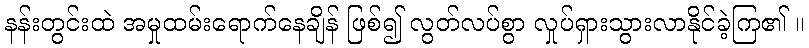
နန်းတွင်းထဲ အမှုထမ်းရောက်နေချိန် ဖြစ်၍ လွတ်လပ်စွာ လှုပ်ရှားသွားလာနိုင်ခဲ့ကြ၏ ။